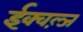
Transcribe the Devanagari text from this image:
ईक्वल्ज़